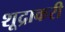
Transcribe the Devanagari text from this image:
शूद्राकरी